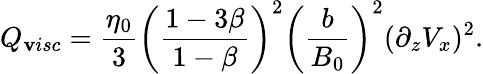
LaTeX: Q_{\mathbf{v}isc}=\frac{{\eta_{0}}}{{3}}\left(\frac{{1-3\beta}}{{1-\beta}}\right)^{2}\left(\frac{{b}}{{B_{0}}}\right)^{2}(\partial_{z}V_{x})^{2}.